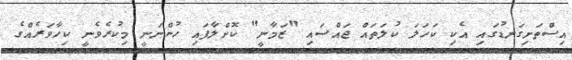
އިސްތަށިގަނޑުގައި އެކި ކަހަލަ ކުލަތައް ޖައްސައި "ޒަމާނީ" ކޮށްލާފައި ހުންނަނީ މިކުރެވެނީ ކިހާވަރެއްގެ